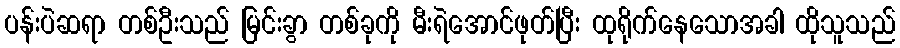
ပန်းပဲဆရာ တစ်ဦးသည် မြင်းခွာ တစ်ခုကို မီးရဲအောင်ဖုတ်ပြီး ထုရိုက်နေသောအခါ ထိုသူသည်